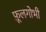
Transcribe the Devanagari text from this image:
फ़ूलगोभी